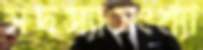
সদস্যাসংখ্যা